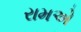
રામએ